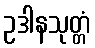
ဥဒါနသုတ္တံ